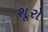
શૂરો